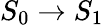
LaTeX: S_{0}\rightarrow S_{1}